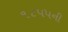
૧૮૫૫ની